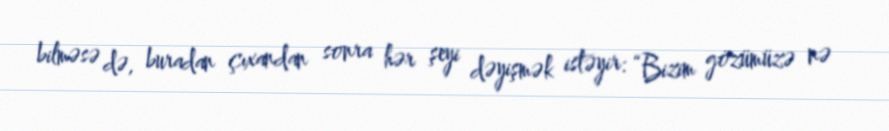
bilməsə də, buradan çıxandan sonra hər şeyi dəyişmək istəyir: “Bizim gözümüzə nə